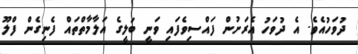
ދުވަހުއެެވެ. އެ ދުވަހު އެރަށުން ފައްސިވެފައި ވަނީ ބަލީގެ އަލާމާތްތައް ފެނިގެން ފްލޫ